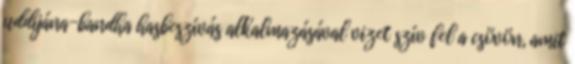
uddijána-bandha hasbeszívás alkalmazásával vizet szív fel a csövön, amit